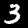
Label: 3